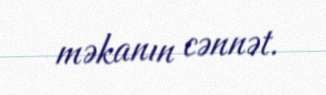
məkanın cənnət.